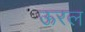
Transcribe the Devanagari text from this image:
ऊरल